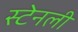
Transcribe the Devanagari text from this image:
स्‍टेनली